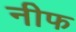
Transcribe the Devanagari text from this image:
नीफ